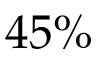
4 5 \%